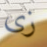
زى